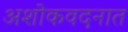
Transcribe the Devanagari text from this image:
अशोकवदनात